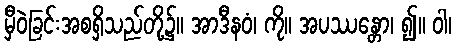
မှီဝဲခြင်းအစရှိသည်တို့၌။ အာဒီနဝံ၊ ကို။ အပဿန္တော၊ ၍။ ဝါ၊